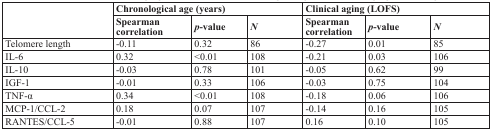
<table><thead><tr><td rowspan="2"></td><td colspan="3"><b>Chronological age (years)</b></td><td colspan="3"><b>Clinical aging (LOFS)</b></td></tr><tr><td><b>Spearman correlation</b></td><td><b><i>p</i>-value</b></td><td><b><i>N</i></b></td><td><b>Spearman correlation</b></td><td><b><i>p</i>-value</b></td><td><b><i>N</i></b></td></tr></thead><tbody><tr><td>Telomere length</td><td>−0.11</td><td>0.32</td><td>86</td><td>−0.27</td><td>0.01</td><td>85</td></tr><tr><td>IL-6</td><td>0.32</td><td>&lt;0.01</td><td>108</td><td>−0.21</td><td>0.03</td><td>106</td></tr><tr><td>IL-10</td><td>−0.03</td><td>0.78</td><td>101</td><td>−0.05</td><td>0.62</td><td>99</td></tr><tr><td>IGF-1</td><td>−0.01</td><td>0.33</td><td>106</td><td>−0.03</td><td>0.75</td><td>104</td></tr><tr><td>TNF-α</td><td>0.34</td><td>&lt;0.01</td><td>108</td><td>−0.18</td><td>0.06</td><td>106</td></tr><tr><td>MCP-1/CCL-2</td><td>0.18</td><td>0.07</td><td>107</td><td>−0.14</td><td>0.16</td><td>105</td></tr><tr><td>RANTES/CCL-5</td><td>−0.01</td><td>0.88</td><td>107</td><td>0.16</td><td>0.10</td><td>105</td></tr></tbody></table>